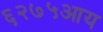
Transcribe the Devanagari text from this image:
६२७५आय